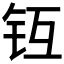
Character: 𨱀